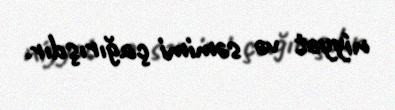
niyyət və səmimi çağırışdır.